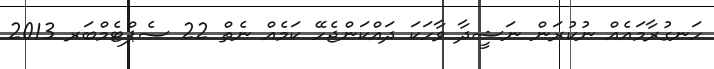
ހަނގުރާމައެއް ނުކުރަން ނަޝީދާ ވާހަކަ ދައްކަންޖެހޭ ކަމެއް ނެތް 22 ސެޕްޓެމްބަރ 2013